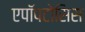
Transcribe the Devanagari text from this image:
एपॉपटोसिस